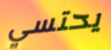
يحتسي